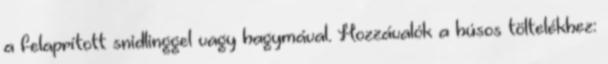
a felaprított snidlinggel vagy hagymával. Hozzávalók a húsos töltelékhez: